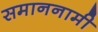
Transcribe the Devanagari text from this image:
समाननामी